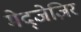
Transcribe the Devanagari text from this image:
मेद्जेज़िर